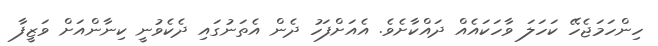
ހިންހަމަޖެހޭ ކަހަލަ ވާހަކައެއް ދައްކާށެވެ. އެއަށްފަހު ދެން އެތަނުގައި ދެކެވުނީ ކިނާންއަށް ވަޒީފާ